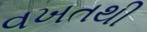
વખતથી